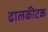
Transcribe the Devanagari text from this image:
ढालकीटक